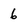
Character: 6